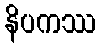
နိပကဿ